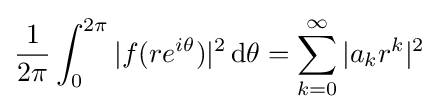
{\frac {1}{2\pi }}\int _{0}^{2\pi }|f(re^{i\theta })|^{2}\,\mathrm {d} \theta =\sum _{k=0}^{\infty }|a_{k}r^{k}|^{2}